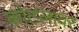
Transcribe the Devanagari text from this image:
कोटलावर